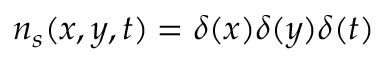
n _ { s } ( x , y , t ) = \delta ( x ) \delta ( y ) \delta ( t )